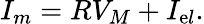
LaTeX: {{I_{m}}}=R{{V}_{{M}}}+I_{\mathrm{e}l}.